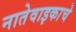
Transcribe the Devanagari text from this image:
नातेवाइकाचे